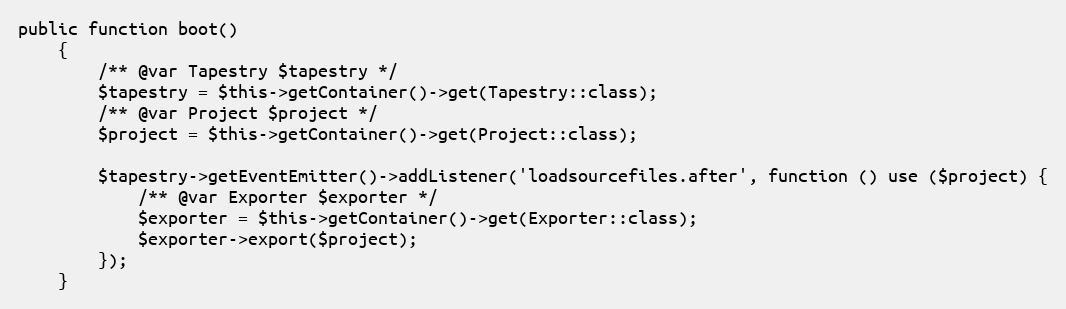
Language: PHP
public function boot()
    {
        /** @var Tapestry $tapestry */
        $tapestry = $this->getContainer()->get(Tapestry::class);
        /** @var Project $project */
        $project = $this->getContainer()->get(Project::class);

        $tapestry->getEventEmitter()->addListener('loadsourcefiles.after', function () use ($project) {
            /** @var Exporter $exporter */
            $exporter = $this->getContainer()->get(Exporter::class);
            $exporter->export($project);
        });
    }